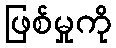
ဖြစ်မှုကို